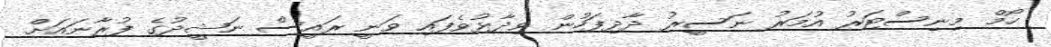
ހޯމް މިނިސްޓަރު އުމަރު ނަސީރު ދާދިފަހުން ވިދާޅުވެފައި ވަނީ ރައީސް ނަޝީދުގެ ފުރާނައަށް